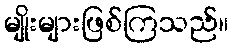
မျိုးများဖြစ်ကြသည်။